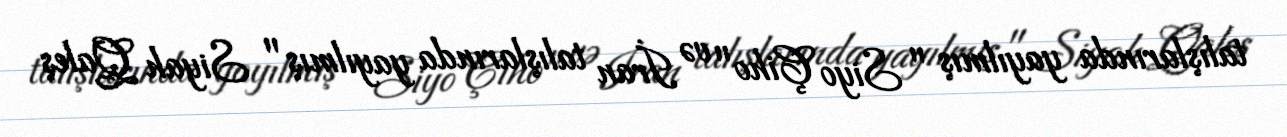
talışlarında yayılmış " Siyo Çiho " və İran talışlarında yayılmış " Siyah Qaleş